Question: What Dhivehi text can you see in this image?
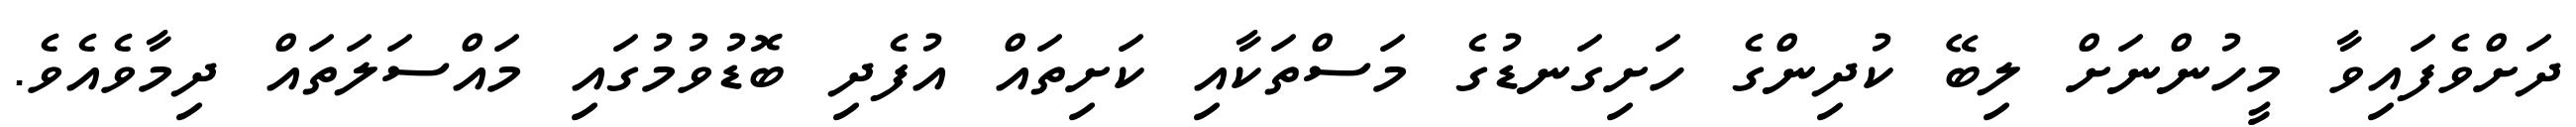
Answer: ދަށްވެފައިވާ މީހުންނަށް ލިބޭ ކުދިންގެ ހަށިގަނޑުގެ މަސްތަކާއި ކަށިތައް އުފެދި ބޮޑުވުމުގައި މައްސަލަތައް ދިމާވެއެވެ.